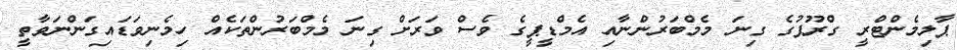
ޕާލިމެންޓްރީ ގްރޫޕުގެ ގިނަ މެމްބަރުންނާއި އެމްޑީޕީގެ ވެސް ވަރަށް ގިނަ މެމްބަރުންތަކެއް ހިމެނިވަޑައިގަންނަވާތީ